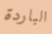
الباردة